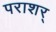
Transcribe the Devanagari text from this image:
पराशर्